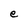
Character: e